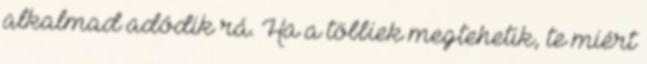
alkalmad adódik rá. Ha a többiek megtehetik, te miért